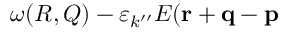
\omega ( R , Q ) - \varepsilon _ { k ^ { \prime \prime } } E ( { \bf r } + { \bf q } - { \bf p }